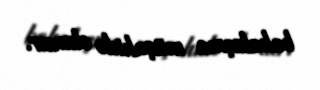
bahalaşma müşahidə olunur.